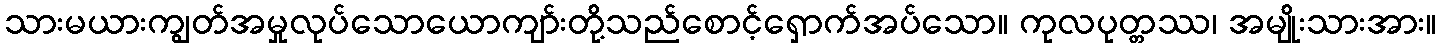
သားမယားကျွတ်အမှုလုပ်သောယောကျာ်းတို့သည်စောင့်ရှောက်အပ်သော။ ကုလပုတ္တဿ၊ အမျိုးသားအား။